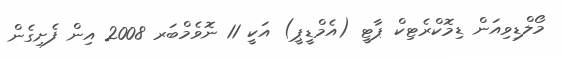
މޯލްޑިވިއަން ޑިމޮކްރެޓިކް ޕާޓީ (އެމްޑީޕީ) އަކީ 11 ނޮވެމްބަރ 2008 އިން ފެށިގެން